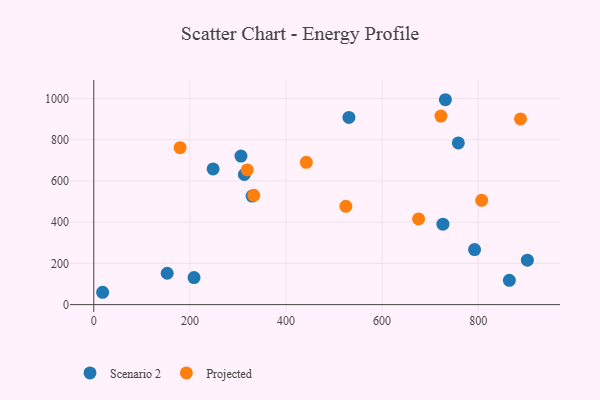
{"axis": {"x": "Ad Spend", "y": "Salary"}, "legend": ["Projected", "Scenario 2"], "data": [{"x": "792.4", "y": 267.1, "type": "Scenario 2"}, {"x": "152.8", "y": 152.3, "type": "Scenario 2"}, {"x": "329.5", "y": 526.7, "type": "Scenario 2"}, {"x": "248.3", "y": 658.6, "type": "Scenario 2"}, {"x": "18.4", "y": 59.9, "type": "Scenario 2"}, {"x": "208.6", "y": 131.2, "type": "Scenario 2"}, {"x": "530.9", "y": 908.4, "type": "Scenario 2"}, {"x": "306.3", "y": 720.9, "type": "Scenario 2"}, {"x": "864.8", "y": 118.0, "type": "Scenario 2"}, {"x": "313.3", "y": 631.2, "type": "Scenario 2"}, {"x": "731.7", "y": 994.1, "type": "Scenario 2"}, {"x": "902.3", "y": 215.7, "type": "Scenario 2"}, {"x": "758.6", "y": 784.4, "type": "Scenario 2"}, {"x": "726.6", "y": 390.2, "type": "Scenario 2"}, {"x": "888.0", "y": 900.8, "type": "Projected"}, {"x": "722.4", "y": 914.7, "type": "Projected"}, {"x": "442.3", "y": 690.4, "type": "Projected"}, {"x": "319.3", "y": 653.4, "type": "Projected"}, {"x": "524.5", "y": 476.8, "type": "Projected"}, {"x": "807.2", "y": 506.1, "type": "Projected"}, {"x": "332.9", "y": 530.5, "type": "Projected"}, {"x": "675.9", "y": 415.7, "type": "Projected"}, {"x": "179.6", "y": 761.4, "type": "Projected"}]}